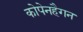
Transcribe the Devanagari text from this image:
कोपेनहैगन